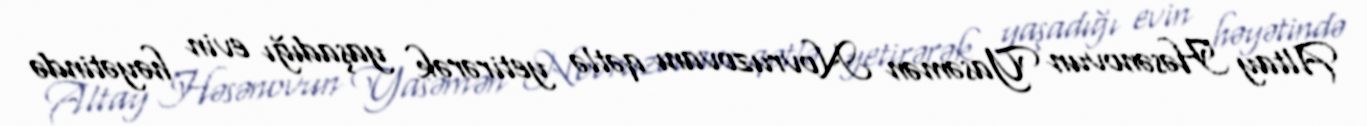
Altay Həsənovun Yasəmən Novruzovanı qətlə yetirərək yaşadığı evin həyətində